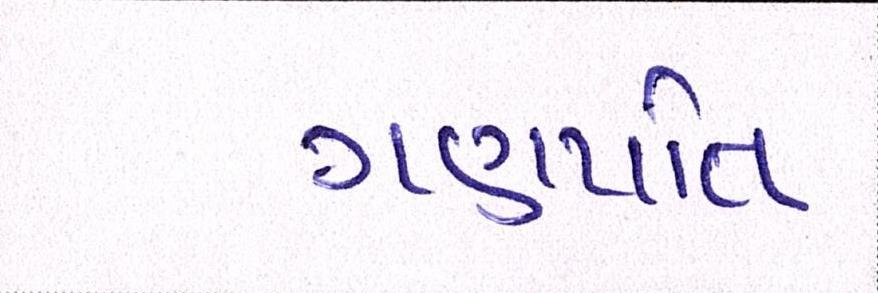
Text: ગણપતિ